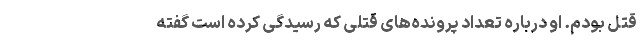
قتل بودم. او درباره تعداد پرونده‌های قتلی که رسیدگی کرده است گفته